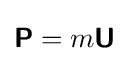
{\boldsymbol {\mathsf {P}}}=m{\boldsymbol {\mathsf {U}}}\,\!